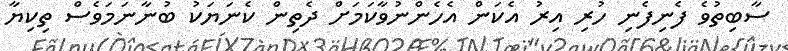
ސާބިތުވެ ފެނިފެނި ހުރި އިރު އެކަން އެހެންނުވާކަމަށް ދެތިން ކެނަޔަކު ބުނާނަމަވެސް ތިކިޔާ